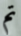
تم